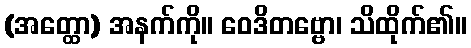
(အတ္ထော) အနက်ကို။ ဝေဒိတဗ္ဗော၊ သိထိုက်၏။